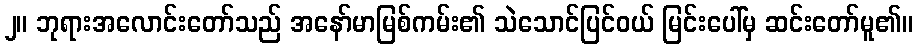
၂။ ဘုရားအလောင်းတော်သည် အနော်မာမြစ်ကမ်း၏ သဲသောင်ပြင်ဝယ် မြင်းပေါ်မှ ဆင်းတော်မူ၏။